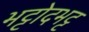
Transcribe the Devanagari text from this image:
भट्टोदभट्ट